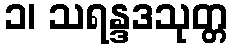
၁၊ သရန္ဒဒသုတ္တ